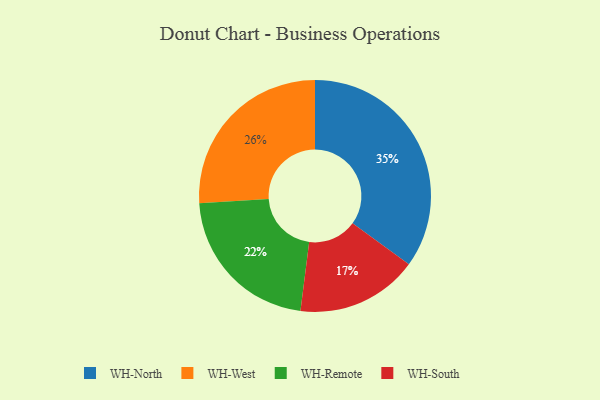
{"axis": {"x": "Category", "y": "Percentage"}, "legend": ["WH-North", "WH-Remote", "WH-South", "WH-West"], "data": [{"x": "WH-West", "y": 26, "type": "WH-West"}, {"x": "WH-South", "y": 17, "type": "WH-South"}, {"x": "WH-Remote", "y": 22, "type": "WH-Remote"}, {"x": "WH-North", "y": 35, "type": "WH-North"}]}